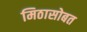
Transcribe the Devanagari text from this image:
मिठासोबत